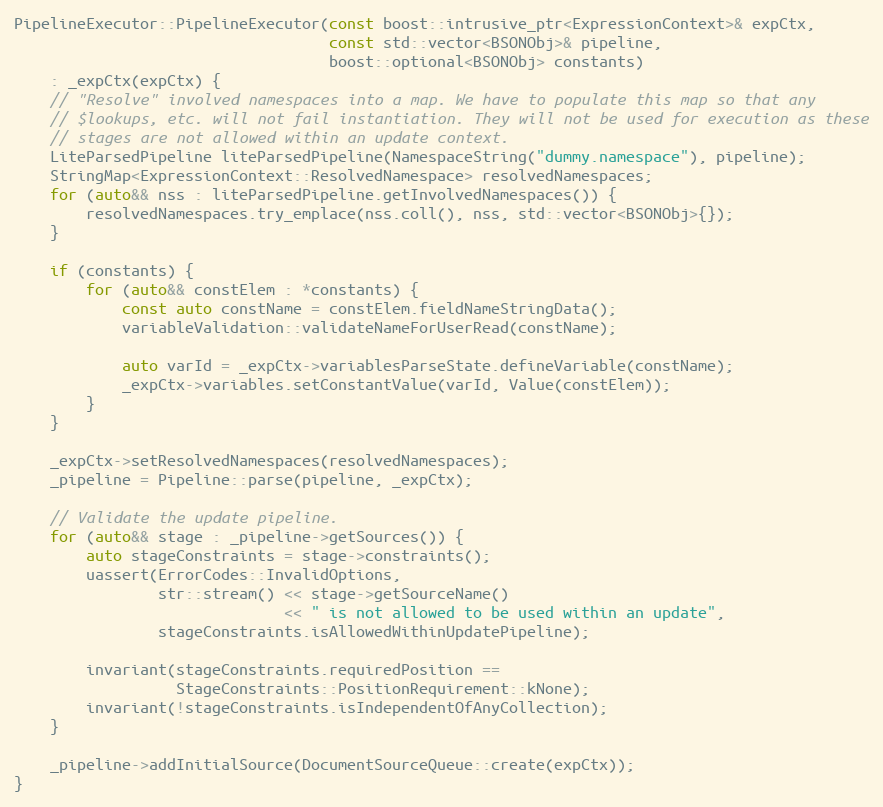
Language: C++
PipelineExecutor::PipelineExecutor(const boost::intrusive_ptr<ExpressionContext>& expCtx,
                                   const std::vector<BSONObj>& pipeline,
                                   boost::optional<BSONObj> constants)
    : _expCtx(expCtx) {
    // "Resolve" involved namespaces into a map. We have to populate this map so that any
    // $lookups, etc. will not fail instantiation. They will not be used for execution as these
    // stages are not allowed within an update context.
    LiteParsedPipeline liteParsedPipeline(NamespaceString("dummy.namespace"), pipeline);
    StringMap<ExpressionContext::ResolvedNamespace> resolvedNamespaces;
    for (auto&& nss : liteParsedPipeline.getInvolvedNamespaces()) {
        resolvedNamespaces.try_emplace(nss.coll(), nss, std::vector<BSONObj>{});
    }

    if (constants) {
        for (auto&& constElem : *constants) {
            const auto constName = constElem.fieldNameStringData();
            variableValidation::validateNameForUserRead(constName);

            auto varId = _expCtx->variablesParseState.defineVariable(constName);
            _expCtx->variables.setConstantValue(varId, Value(constElem));
        }
    }

    _expCtx->setResolvedNamespaces(resolvedNamespaces);
    _pipeline = Pipeline::parse(pipeline, _expCtx);

    // Validate the update pipeline.
    for (auto&& stage : _pipeline->getSources()) {
        auto stageConstraints = stage->constraints();
        uassert(ErrorCodes::InvalidOptions,
                str::stream() << stage->getSourceName()
                              << " is not allowed to be used within an update",
                stageConstraints.isAllowedWithinUpdatePipeline);

        invariant(stageConstraints.requiredPosition ==
                  StageConstraints::PositionRequirement::kNone);
        invariant(!stageConstraints.isIndependentOfAnyCollection);
    }

    _pipeline->addInitialSource(DocumentSourceQueue::create(expCtx));
}